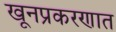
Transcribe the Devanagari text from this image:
खूनप्रकरणात